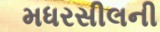
મધરસીલની